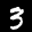
Label: 3